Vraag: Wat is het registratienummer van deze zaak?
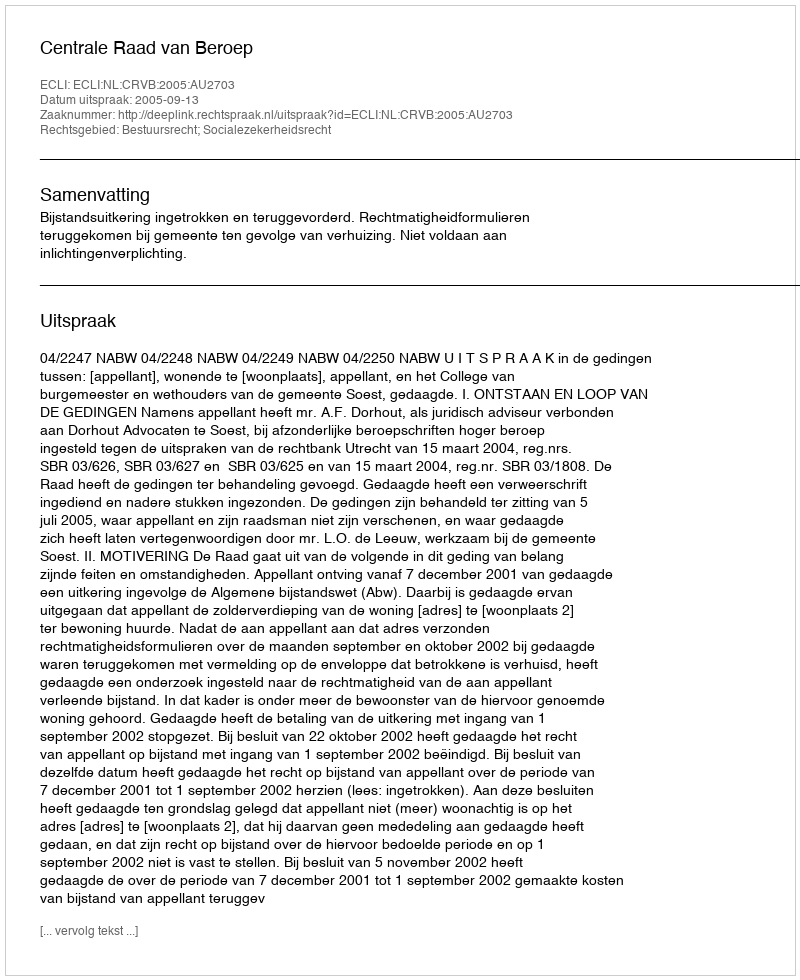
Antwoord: http://deeplink.rechtspraak.nl/uitspraak?id=ECLI:NL:CRVB:2005:AU2703